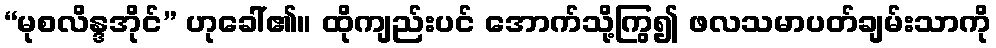
“မုစလိန္ဒအိုင်” ဟုခေါ်၏။ ထိုကျည်းပင် အောက်သို့ကြွ၍ ဖလသမာပတ်ချမ်းသာကို